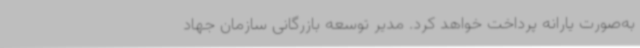
به‌صورت یارانه پرداخت خواهد کرد. مدیر توسعه بازرگانی سازمان جهاد